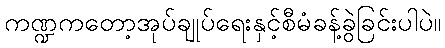
ကဏ္ဍကတော့အုပ်ချုပ်ရေးနှင့်စီမံခန့်ခွဲခြင်းပါပဲ။